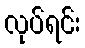
လုပ်ရင်း